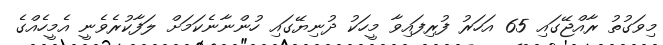
މިވަގުތު ރާއްޖޭގައި 65 އަހަރު ފުރިފައިވާ މީހަކު ދުނިޔޭގައި ހުންނާނެކަމަށް ލަފާކުރެވެނީ އެމީހެއްގެ